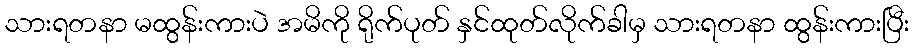
သားရတနာ မထွန်းကားပဲ အမိကို ရိုက်ပုတ် နှင်ထုတ်လိုက်ခါမှ သားရတနာ ထွန်းကားပြီး